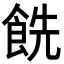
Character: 𩛔